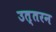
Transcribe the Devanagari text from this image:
उत्तरन